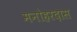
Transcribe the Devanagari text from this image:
मनोहरदास